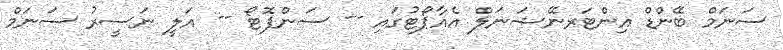
ސަނަމް ބޭންޑް އިންޓަރނޭޝަނަލް އެއާޕޯޓުގައި -- ސަންފޮޓޯ -- އަލީ ނަސީރު ސަނަމް